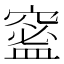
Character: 𥧧